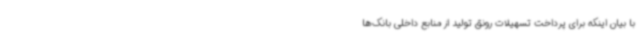
با بیان اینکه برای پرداخت تسهیلات رونق تولید از منابع داخلی بانک‌ها